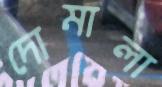
দোমালা